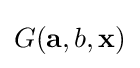
G(\mathbf {a} ,b,\mathbf {x} )